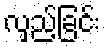
လှည့်ခြင်း